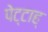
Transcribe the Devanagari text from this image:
पेट्टाह्